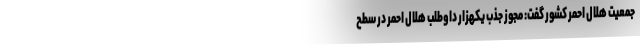
جمعیت هلال احمر کشور گفت: مجوز جذب یکهزار داوطلب هلال احمر در سطح